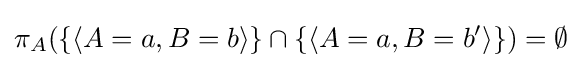
\pi _{A}(\{\langle A=a,B=b\rangle \}\cap \{\langle A=a,B=b'\rangle \})=\emptyset